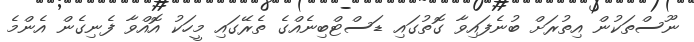
ނޫސްތަކުން އިތުރަށް ބުނެފައިވާ ގޮތުގައި ޑަސްޓްބިނެއްގެ ތެރޭގައި މީހަކު އޮއްވާ ފެނިގެން އެންމެ